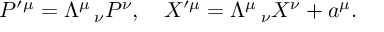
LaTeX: P ^ { \prime \mu } = \Lambda ^ { \mu } \, _ { \nu } P ^ { \nu } , \quad X ^ { \prime \mu } = \Lambda ^ { \mu } \, _ { \nu } X ^ { \nu } + a ^ { \mu } .